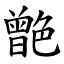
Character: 䒏